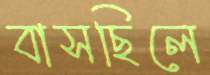
বাসছিলে